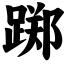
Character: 踯